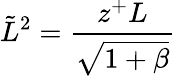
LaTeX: \tilde{L}^{2}=\frac{z^{+}L}{\sqrt{1+\beta}}